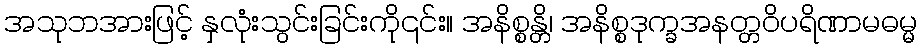
အသုဘအားဖြင့် နှလုံးသွင်းခြင်းကို၎င်း။ အနိစ္စန္တိ၊ အနိစ္စဒုက္ခအနတ္တဝိပရိဏာမဓမ္မ